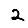
Digit: 2